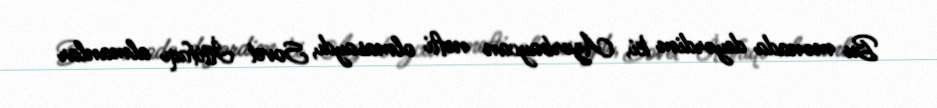
Bu mənada deyərdim ki, Azərbaycan nefti olmasaydı, Sovet İttifaqı almanlar